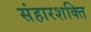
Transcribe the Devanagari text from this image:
संहारशक्ति